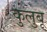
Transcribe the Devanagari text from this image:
कुलुबू